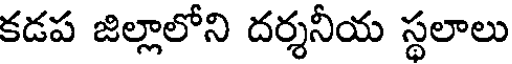
కడప జిల్లాలోని దర్శనీయ స్థలాలు